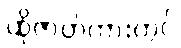
ထိုဇာတ်ကားတွင်